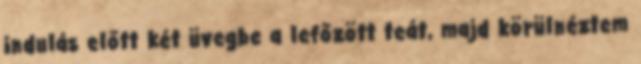
indulás előtt két üvegbe a lefőzött teát, majd körülnéztem